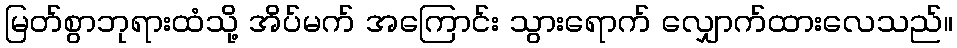
မြတ်စွာဘုရားထံသို့ အိပ်မက် အကြောင်း သွားရောက် လျှောက်ထားလေသည်။